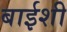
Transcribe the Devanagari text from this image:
बाईशी